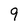
Character: 9